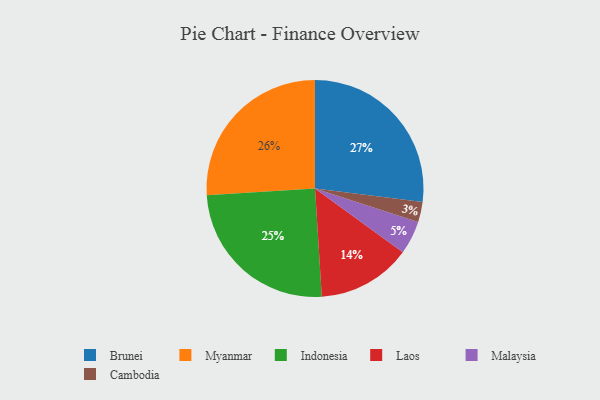
{"axis": {"x": "Category", "y": "Percentage"}, "legend": ["Brunei", "Cambodia", "Indonesia", "Laos", "Malaysia", "Myanmar"], "data": [{"x": "Myanmar", "y": 26, "type": "Myanmar"}, {"x": "Cambodia", "y": 3, "type": "Cambodia"}, {"x": "Laos", "y": 14, "type": "Laos"}, {"x": "Malaysia", "y": 5, "type": "Malaysia"}, {"x": "Indonesia", "y": 25, "type": "Indonesia"}, {"x": "Brunei", "y": 27, "type": "Brunei"}]}